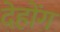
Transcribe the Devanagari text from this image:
देहोंग